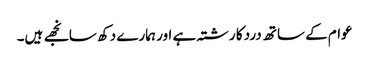
عوام کے ساتھ درد کا رشتہ ہے اور ہمارے دکھ سانجھے ہیں۔